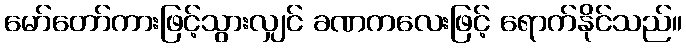
မော်တော်ကားဖြင့်သွားလျှင် ခဏကလေးဖြင့် ရောက်နိုင်သည်။